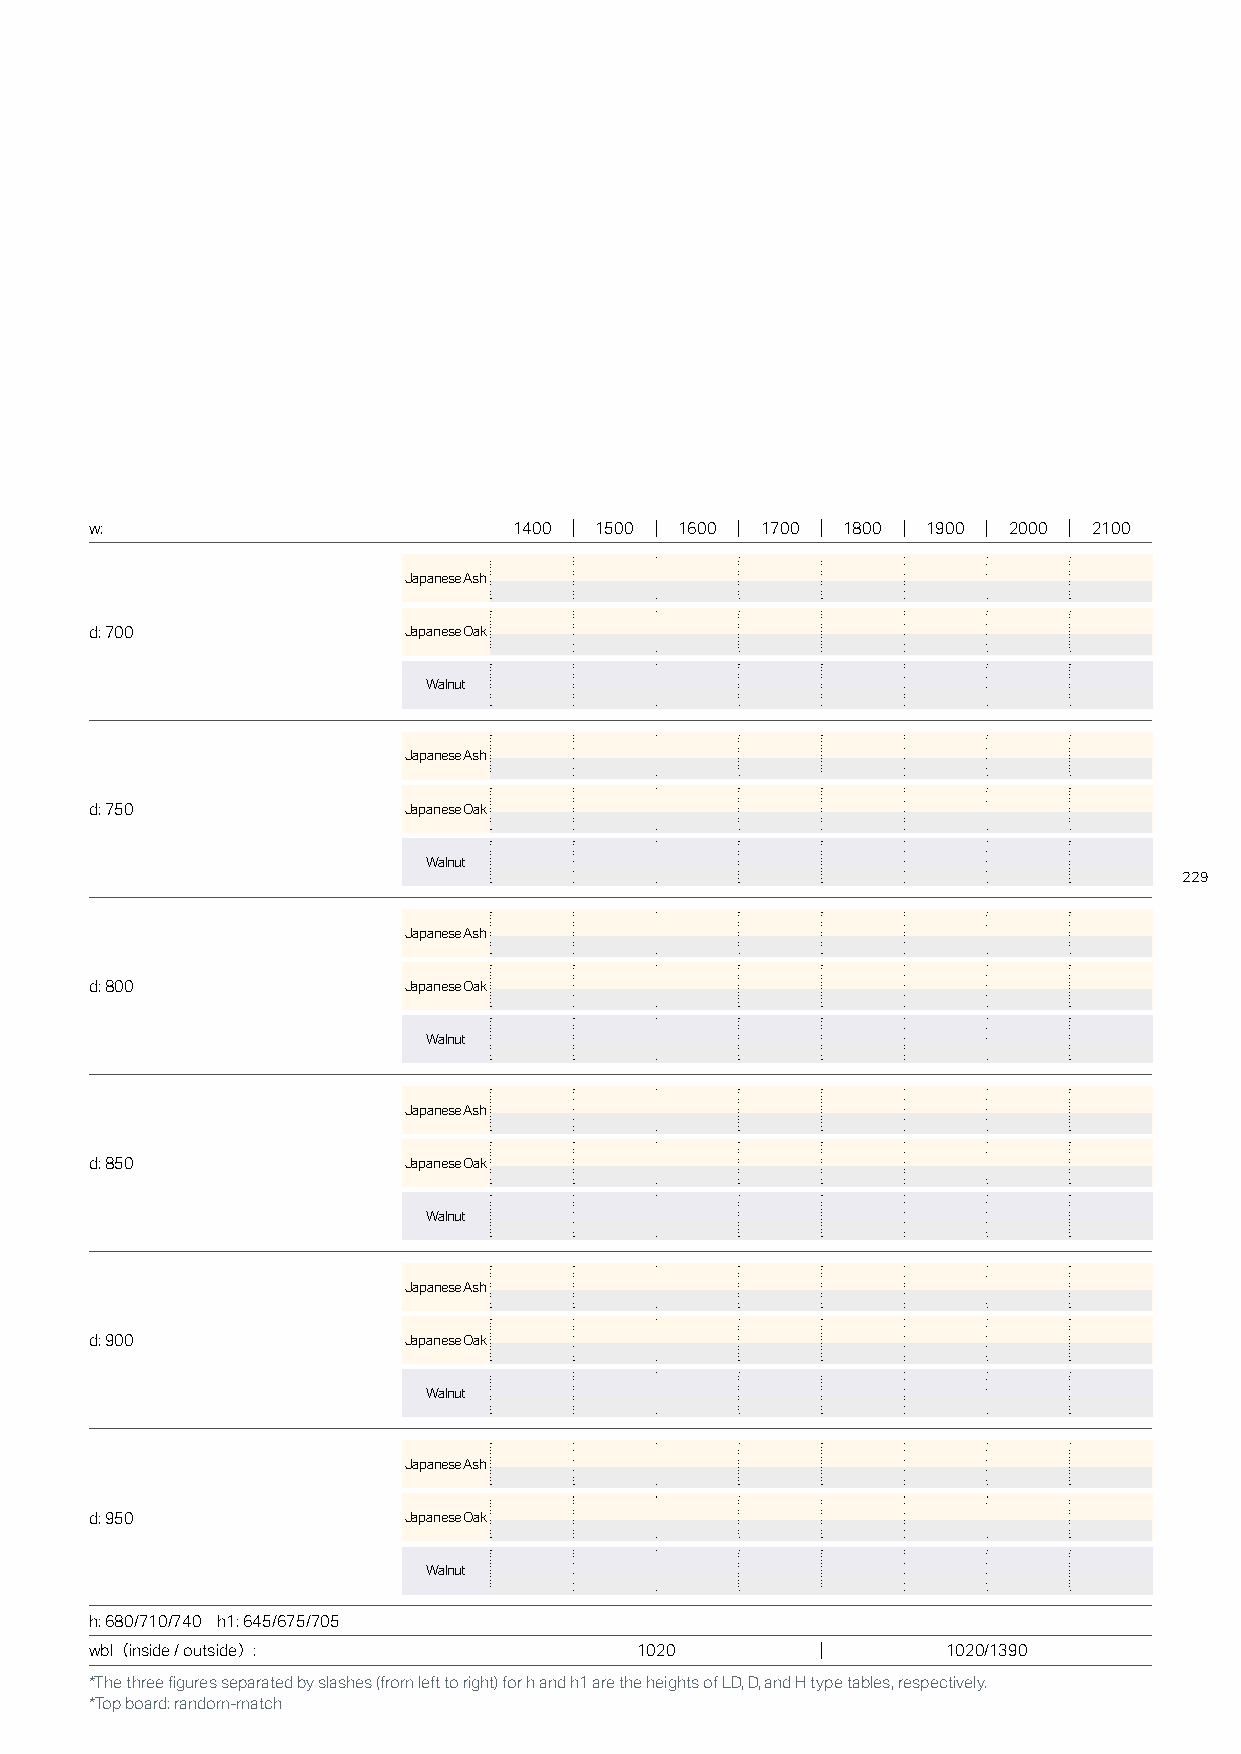
w:                          1400 1500  1600 1700  1800 1900  2000 2100
 Japanese Ash
 d: 700               Japanese Oak
 Walnut
 Japanese Ash
 d: 750               Japanese Oak
 Walnut
 229
 Japanese Ash
 d: 800               Japanese Oak
 Walnut
 Japanese Ash
 d: 850               Japanese Oak
 Walnut
 Japanese Ash
 d: 900               Japanese Oak
 Walnut
 Japanese Ash
 d: 950               Japanese Oak
 Walnut
 h: 680/710/740 h1: 645/675/705
 wbl（inside / outside）:              1020                 1020/1390
 *The three figures separated by slashes (from left to right) for h and h1 are the heights of LD, D, and H type tables, respectively.
 *Top board: random-match